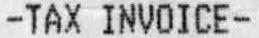
-TAX INVOICE-